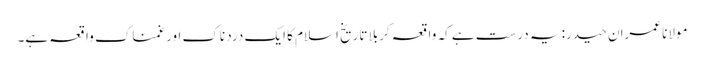
مولانا عمران حیدر: یہ درست ہے کہ واقعہ کربلا تاریخ اسلام کا ایک درد ناک اور غمناک واقعہ ہے۔